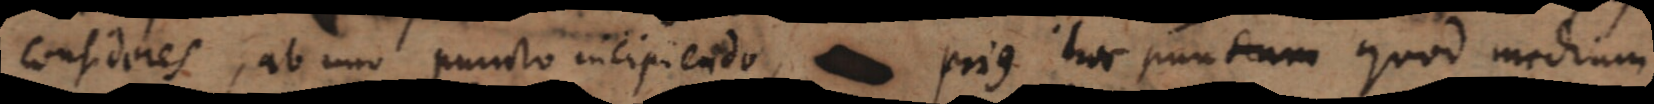
consideres, ab uno puncto incipiendo, prius hoc punctum quod mediu